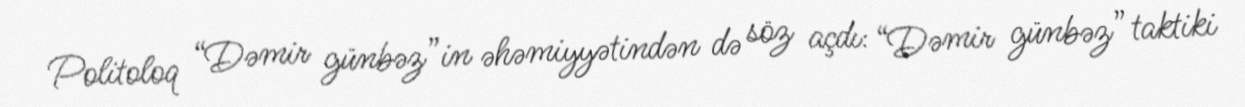
Politoloq “Dəmir günbəz”in əhəmiyyətindən də söz açdı: “Dəmir günbəz” taktiki